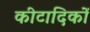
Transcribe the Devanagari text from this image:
कीटादिकों